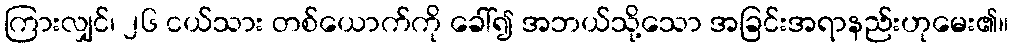
ကြားလျှင်၊ ၂၆ ငယ်သား တစ်ယောက်ကို ခေါ်၍ အဘယ်သို့သော အခြင်းအရာနည်းဟုမေး၏။